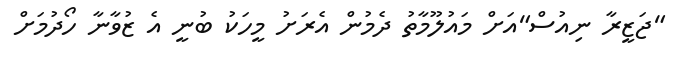
"ޖަޒީރާ ނިއުސް"އަށް މައުލޫމާތު ދެމުން އެރަށު މީހަކު ބުނީ އެ ޒުވާނާ ހޯދުމަށް